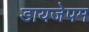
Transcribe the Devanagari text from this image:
डायजेपम